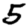
Digit: 5